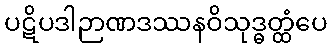
ပဋိပဒါဉာဏဒဿနဝိသုဒ္ဓတ္ထံပေ